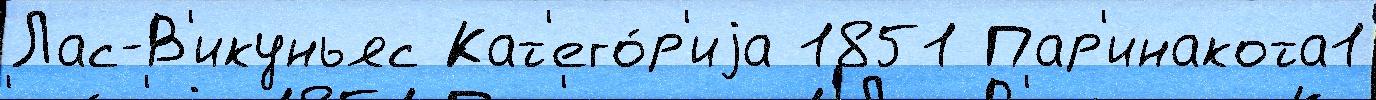
Лас-В'икуньяс Кат'его́р'иjа 1851 Пар'инакота1